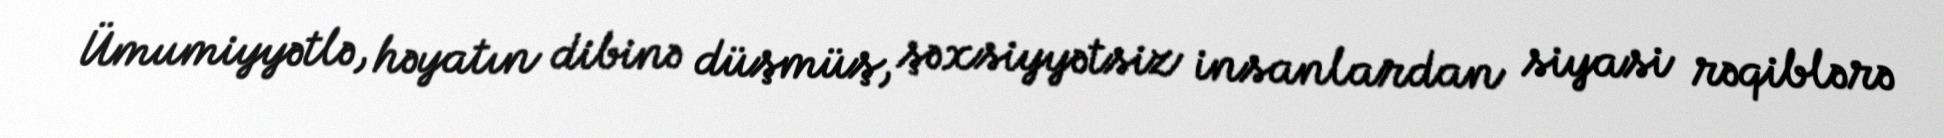
Ümumiyyətlə, həyatın dibinə düşmüş, şəxsiyyətsiz insanlardan siyasi rəqiblərə